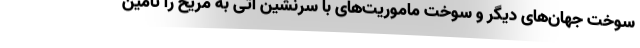
سوخت جهان‌های دیگر و سوخت ماموریت‌های با سرنشین آتی به مریخ را تامین